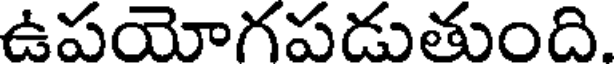
ఉపయోగపడుతుంది.